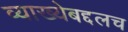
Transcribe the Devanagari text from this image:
व्याख्येबद्दलच